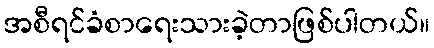
အစီရင်ခံစာရေးသားခဲ့တာဖြစ်ပါတယ်။